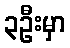
၃ဦးမှာ